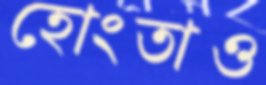
হোংতাও